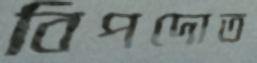
বিপদোত